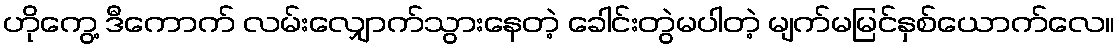
ဟိုကွေ့ ဒီကောက် လမ်းလျှောက်သွားနေတဲ့ ခေါင်းတွဲမပါတဲ့ မျက်မမြင်နှစ်ယောက်လေ။